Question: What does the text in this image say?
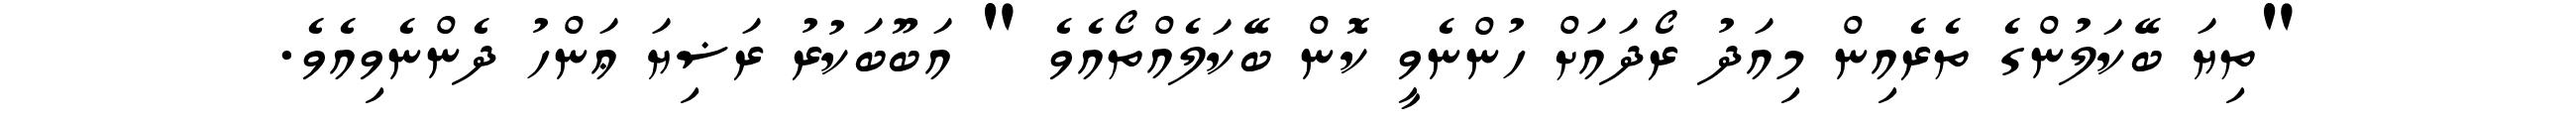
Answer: "ތިޔަ ބޭކަލުންގެ ތެރެއިން މިއަދު ރޯދައަށް ހުންނެވީ ކޮން ބޭކަލެއްތޯއެވެ " އަބޫބަކުރު ރަޟިޔަ ޢަންހު ދެންނެވިއެވެ.